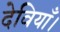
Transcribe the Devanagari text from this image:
देवियाँ।